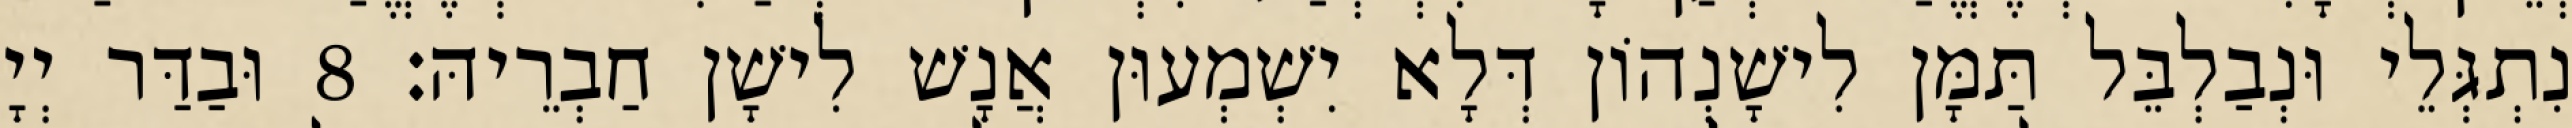
נִתְגְּלֵי וּנְבַלְבֵּל תַּמָּן לִישָׁנְהוֹן דְּלָא יִשְׁמְעוּן אֲנָשׁ לִישָׁן חַבְרֵיהּ׃ 8 וּבַדַּר יְיָ